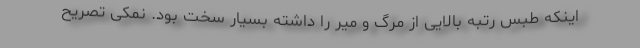
اینکه طبس رتبه بالایی از مرگ و میر را داشته بسیار سخت بود. نمکی تصریح